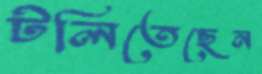
টলিতেছেন